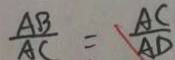
\frac { A B } { A C } = \frac { A C } { A D }